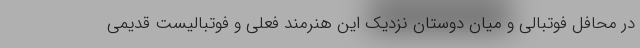
در محافل فوتبالی و میان دوستان نزدیک این هنرمند فعلی و فوتبالیست قدیمی